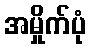
အမှိုက်ပုံ